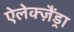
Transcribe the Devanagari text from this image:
ऐलेक्ज़ैंड्रा